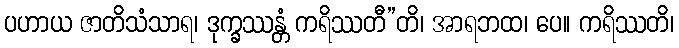
ပဟာယ ဇာတိသံသာရ၊ ဒုက္ခဿန္တံ ကရိဿတီ”တိ၊ အာရဘထ၊ ပေ။ ကရိဿတိ၊